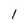
Character: l